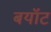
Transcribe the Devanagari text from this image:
बयॉट